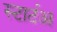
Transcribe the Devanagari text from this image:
स्टार्टअ